system: You are a helpful assistant.
user:
Analyze the provided spectrum to determine if it is a **Carbon Star (C-type)**.

- **Key Visual Indicators of Carbon Star:**
    - **(Primary):** Strong molecular absorption from **C₂ (diatomic carbon) "Swan Bands."** This is the **defining feature** of a carbon star.
        - **(Key Bandheads):** Sharp absorption edges are visible at approximately $5635$ Å, $5165$ Å (the strongest band), and $4737$ Å.
        - **(Line Profile):** Creates a distinct **"saw-tooth"** pattern. The key morphology is a sharp, steep bandhead on the **red (long-wavelength) side**, which then gradually tapers off (i.e., flux recovers) towards the **blue (short-wavelength) side**. *(This is the direct opposite of the TiO bands seen in M-type stars)*.

    - **(Secondary):** Intense **CN (cyanogen)** molecular absorption bands.
        - **(Key Bandheads):** Located in the blue and violet regions of the spectrum (e.g., near $4215$ Å and $3883$ Å).
        - **(Morphology):** These bands are extremely broad and act as a "blanket," absorbing the vast majority of blue and violet light. This creates a characteristic **"cliff"** or **"steep drop-off"** in the spectrum's flux at short wavelengths.

    - **(Key Confirmation):** Strong **CH absorption band (G-band)**.
        - **(Key Bandhead):** Located around $4300$ Å. The contribution from CH molecules to this band is exceptionally strong.

    - **(Overall Spectrum):**
        - The continuum is severely "chopped up" by these deep molecular bands, especially C₂, rather than appearing as a smooth curve.
        - Due to the heavy CN and C₂ absorption in the blue-green, the vast majority of the star's flux is concentrated in the red part of the spectrum, giving the star its characteristic deep red color.

Think first, call **spectral_visualization_tool** if needed to examine features in detail, then provide your final answer. Your response must adhere to the following strict rules:
1.  **Overall Structure:** Your response must follow the format `<think>...</think> <tool_call>...</tool_call> (if a tool is used) <answer>...</answer>`.
2.  **Tool Usage Constraint:** You may only make **one** tool call per turn.
3.  **Final Answer Format:** In the `<answer>` tag, your conclusion must be inside a `\boxed{}` command (e.g., `\boxed{YES}`), followed by your justification.

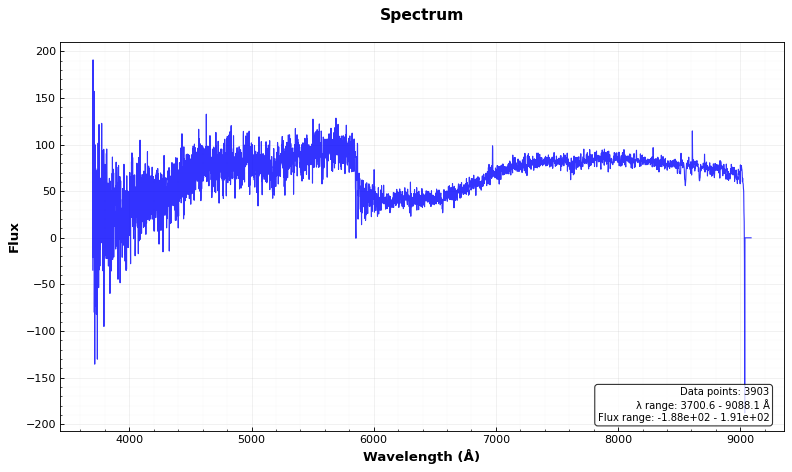
Answer: NO